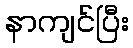
နာကျင်ပြီး